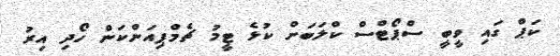
ކަޕް ގައި ވީބީ ސްޕޯޓްސް ކްލަބަށް ކުޅެ ޓީމު ޗެމްޕިިއަންކަން ހޯދި އިރު